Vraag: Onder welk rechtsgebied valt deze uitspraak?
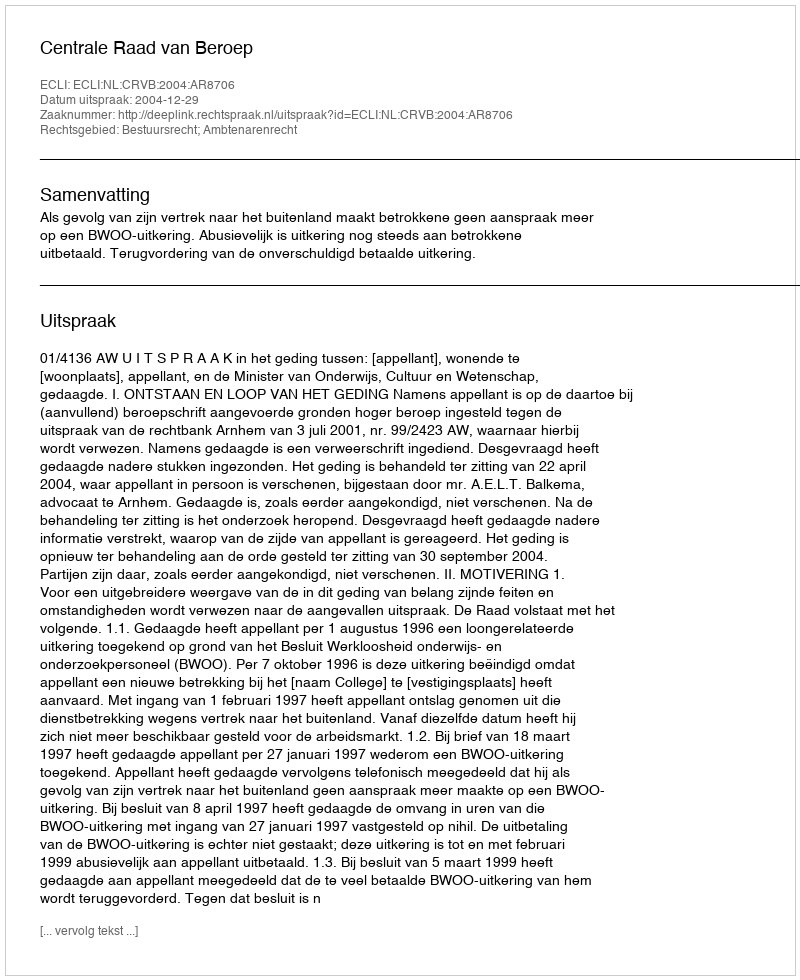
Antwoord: Bestuursrecht; Ambtenarenrecht